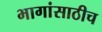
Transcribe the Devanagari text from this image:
भागांसाठीच